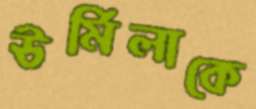
ঊর্মিলাকে